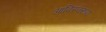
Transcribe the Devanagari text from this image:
आदिस्वरूपा